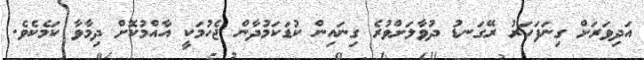
އަދިވަރަށް ގިނަފަހަރު ރޭގަނޑު ދުވާލަށްވުރެ ގިނައިން ކުޑަކަމުދާން ޖެހުމަކީ އާއްމުކޮށް ދިމާވާ ކަމެކެވެ.